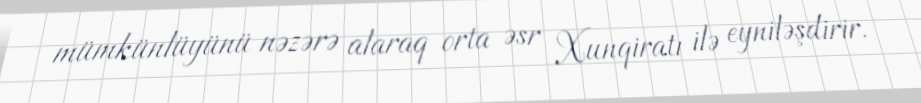
mümkünlüyünü nəzərə alaraq orta əsr Xunqiratı ilə eyniləşdirir.